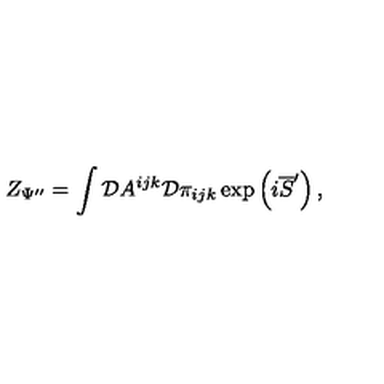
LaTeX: Z _ { \Psi ^ { \prime \prime } } = \int { \cal D } A ^ { i j k } { \cal D } \pi _ { i j k } \exp \left( i \overline { { S } } ^ { \prime } \right) ,